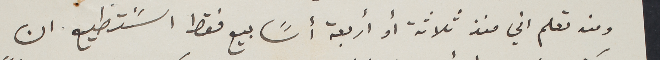
ومنه تعلم اني منذ ثلاثة أو أربعة أسًابيع فقط اسًتطيع ان